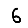
Digit: 6